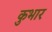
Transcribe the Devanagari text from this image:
कुभार